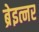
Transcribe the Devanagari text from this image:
ब्रेइत्नर